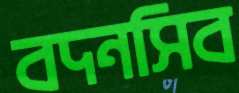
বদনসিব